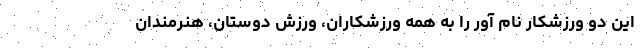
این دو ورزشکار نام آور را به همه ورزشکاران، ورزش دوستان، هنرمندان